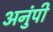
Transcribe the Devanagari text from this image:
अनुंपी